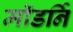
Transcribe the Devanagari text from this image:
मॉडर्नि